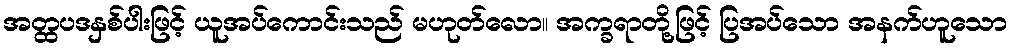
အတ္ထပဒနှစ်ပါးဖြင့် ယူအပ်ကောင်းသည် မဟုတ်လော။ အက္ခရာတို့ဖြင့် ပြအပ်သော အနက်ဟူသော